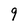
Character: 9